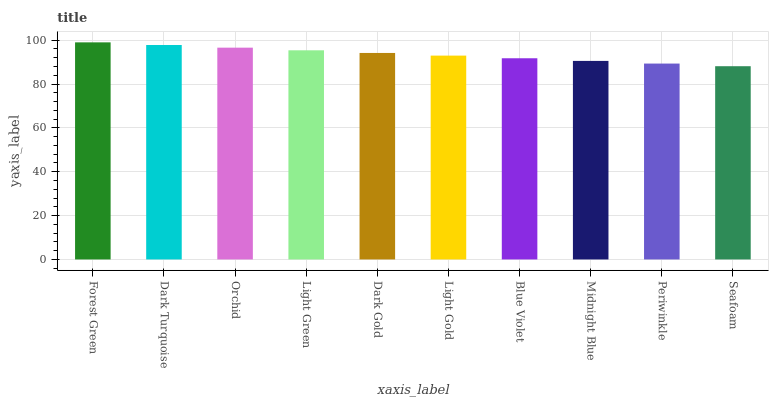
| xaxis_label | bars |
 | --- | --- |
 | Forest Green | 99 |
 | Dark Turquoise | 97.8 |
 | Orchid | 96.6 |
 | Light Green | 95.4 |
 | Dark Gold | 94.2 |
 | Light Gold | 93 |
 | Blue Violet | 91.7 |
 | Midnight Blue | 90.5 |
 | Periwinkle | 89.3 |
 | Seafoam | 88.1 |